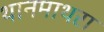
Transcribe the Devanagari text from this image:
थानमाथरा